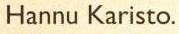
Hannu Karisto.